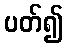
ပတ်၍